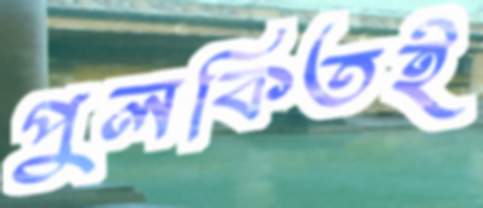
পুলকিতই